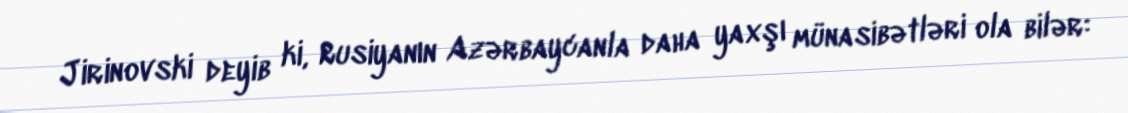
Jirinovski deyib ki, Rusiyanın Azərbaycanla daha yaxşı münasibətləri ola bilər: